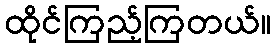
ထိုင်ကြည့်ကြတယ်။